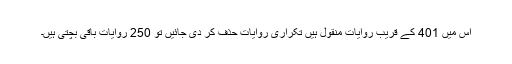
اس میں 401 کے قریب روایات منقول ہیں تکراری روایات حذف کر دی جائیں تو 250 روایات باقی بچتی ہیں۔